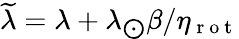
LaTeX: \widetilde{\lambda}=\lambda+\lambda_{\bigodot}\beta/{\eta_{\mathrm{~r~o~t~}}}